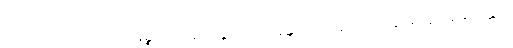
ပရိယာဒါယ အာကာသာနဉ္စာယတနံ သန္တတော အနန္တတော မနသိကရိတွာ စက္ကဝါဠပရိယန္တံ ဝါ